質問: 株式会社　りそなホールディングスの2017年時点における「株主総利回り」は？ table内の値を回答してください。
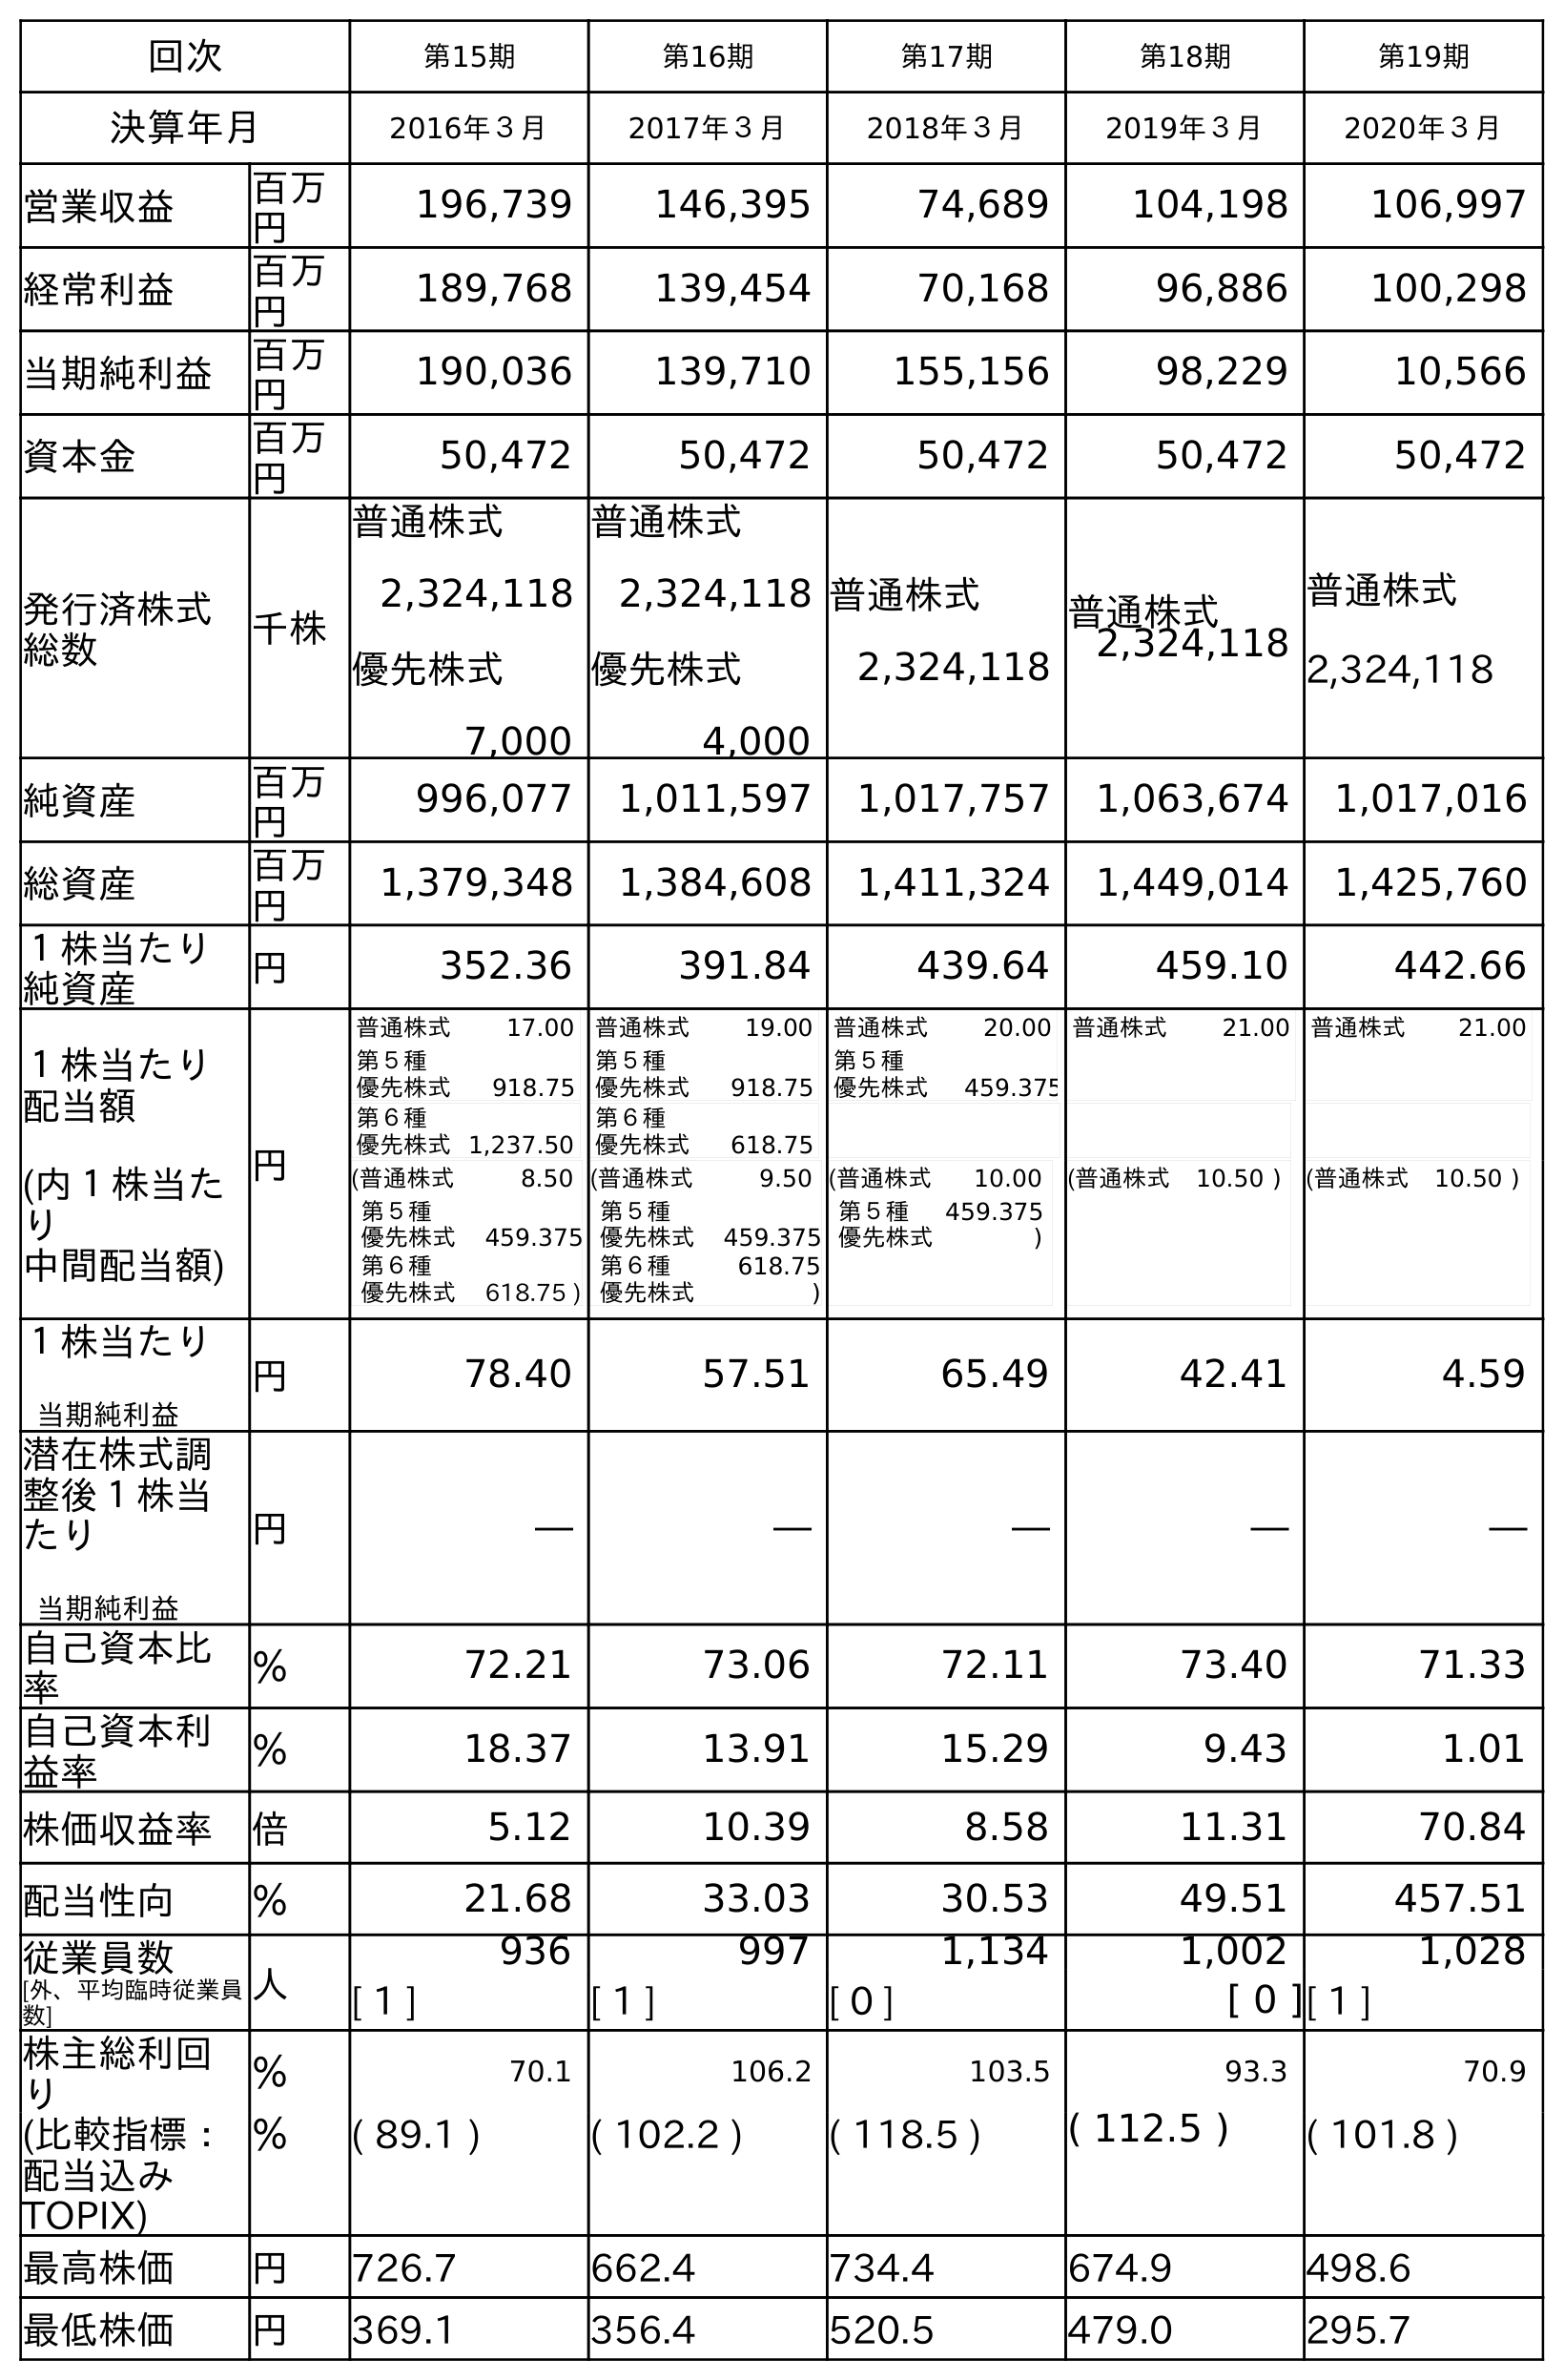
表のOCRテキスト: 回次 第15期 第16期 第17期 第18期 第19期 決算年月 2016年３月 2017年３月 2018年３月 2019年３月 2020年３月 営業収益 百万 円 196,739 146,395 74,689 104,198 106,997 経常利益 百万 円 189,768 139,454 70,168 96,886 100,298 当期純利益 百万 円 190,036 139,710 155,156 98,229 10,566 資本金 百万 円 50,472 50,472 50,472 50,472 50,472 発行済株式 総数 千株 普通株式 2,324,118 優先株式 7,000 普通株式 2,324,118 優先株式 4,000 普通株式 2,324,118 普通株式 2,324,118 普通株式 2,324,118 純資産 百万 円 996,077 1,011,597 1,017,757 1,063,674 1,017,016 総資産 百万 円 1,379,348 1,384,608 1,411,324 1,449,014 1,425,760 １株当たり 純資産 円 352.36 391.84 439.64 459.10 442.66 １株当たり 配当額 (内１株当た り 中間配当額) 円 普通株式 17.00 第５種 優先株式 918.75 第６種 優先株式1,237.50 普通株式 19.00 第５種 優先株式 918.75 第６種 優先株式 618.75 普通株式 20.00 第５種 優先株式 459.375 普通株式 21.00 普通株式 21.00 (普通株式 8.50 第５種 優先株式 459.375 第６種 優先株式 618.75 ) (普通株式 9.50 第５種 優先株式 459.375 第６種 優先株式 618.75 ) (普通株式 10.00 第５種 優先株式 459.375 ) (普通株式 10.50 ) (普通株式 10.50 ) １株当たり 当期純利益 円 78.40 57.51 65.49 42.41 4.59 潜在株式調 整後１株当 たり 当期純利益 円 ― ― ― ― ― 自己資本比 率 ％ 72.21 73.06 72.11 73.40 71.33 自己資本利 益率 ％ 18.37 13.91 15.29 9.43 1.01 株価収益率 倍 5.12 10.39 8.58 11.31 70.84 配当性向 ％ 21.68 33.03 30.53 49.51 457.51 従業員数 [外、平均臨時従業員 数] 人 936 997 1,134 1,002 1,028 [ 1 ] [ 1 ] [ 0 ] [ 0 ][ 1 ] 株主総利回 り ％ 70.1 106.2 103.5 93.3 70.9 (比較指標： 配当込み TOPIX) ％ ( 89.1 ) ( 102.2 ) ( 118.5 ) ( 112.5 ) ( 101.8 ) 最高株価 円 726.7 662.4 734.4 674.9 498.6 最低株価 円 369.1 356.4 520.5 479.0 295.7
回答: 106.2